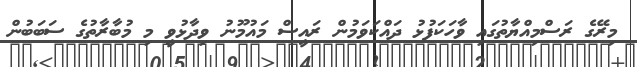
މިރޭގެ ރަސްމިއްޔާތުގައި ވާހަކަފުޅު ދައްކަވަމުން ރައީސް މައުމޫނު ވިދާޅުވީ މި މުބާރާތުގެ ސަބަބުން